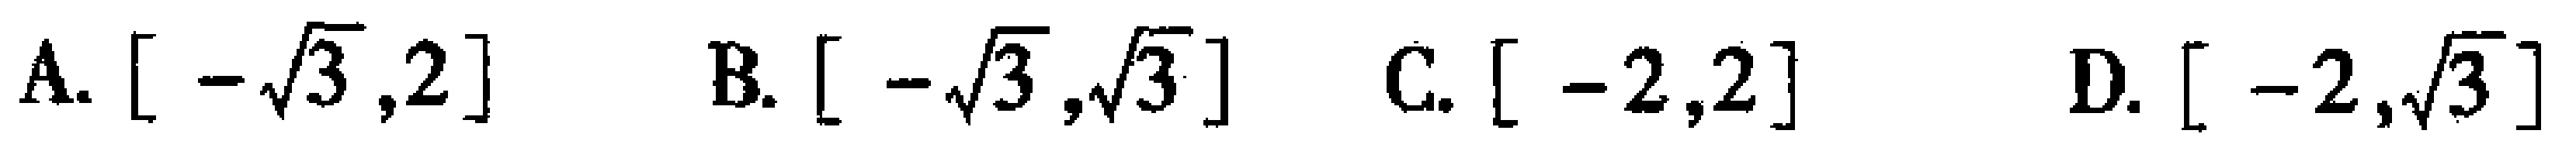
A. $[-\sqrt{3},2]$  B. $[-\sqrt{3},\sqrt{3}]$  C. $[-2,2]$  D. $[-2,\sqrt{3}]$